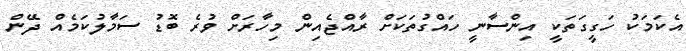
އެކަމަކު ހަގީގަތަކީ އިންސާނީ ހައްގުތަކަށް ރާއްޖެއިން މިހާރަށް ވުރެ ބޮޑު ސަމާލުކަމެއް ދޭން